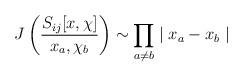
LaTeX: \begin{align*}J\left(\frac{S_{ij}[x, \chi]}{x_a, \chi_b} \right) \sim\prod_{a \neq b} \mid x_a - x_b \mid\end{align*}